Lunatic asylums Central Provinces reports 1886-1894 - 1886-1894
Year: 1886
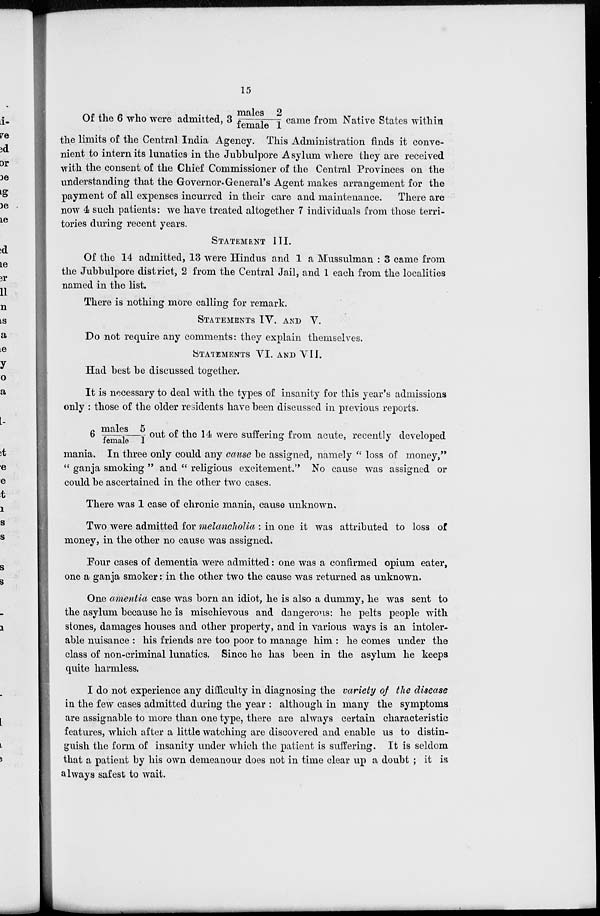
15
Of the 6 who were admitted, 3 males 2/female 1 came from Native States within
the limits of the Central India Agency. This Administration finds it conve-
nient to intern its lunatics in the Jubbulpore Asylum where they are received
with the consent of the Chief Commissioner of the Central Provinces on the
understanding that the Governor-General's Agent makes arrangement for the
payment of all expenses incurred in their care and maintenance.
There are
now 4 such patients: we have treated altogether 7 individuals from those terri-
tories during recent years.
STATEMENT
III.
Of the 14 admitted, 13 were Hindus and 1 a Mussulman : 3 came from
the Jubbulpore district, 2 from the Central Jail, and 1 each from the localities
named in the list.
There is nothing more calling for remark.
STATEMENTS IV. AND
V.
Do not require any comments: they explain themselves.
STATEMENTS VI. AND VII.
Had best be discussed together.
It is necessary to deal with the types of insanity for this year's admissions
only : those of the older residents have been discussed in previous reports.
6 males 5/female 1 out of the 14 were suffering from acute, recently developed
mania. In three only could any cause be assigned, namely " loss of money,"
" ganja smoking " and " religious excitement." No cause was assigned or
could be ascertained in the other two cases.
There was 1 case of chronic mania, cause unknown.
Two were admitted for melancholia : in one it was attributed to loss of
money, in the other no cause was assigned.
Four cases of dementia were admitted: one was a confirmed opium eater,
one a ganja smoker: in the other two the cause was returned as unknown.
One amentia case was born an idiot, he is also a dummy, he was sent to
the asylum because he is mischievous and dangerous: he pelts people with
stones, damages houses and other property, and in various ways is an intoler-
able nuisance : his friends are too poor to manage him : he comes under the
class of non-criminal lunatics, Since he has been in the asylum he keeps
quite harmless.
I do not experience any difficulty in diagnosing the variety of the disease
in the few cases admitted during the year : although in many the symptoms
are assignable to more than one type, there are always certain characteristic
features, which after a little watching are discovered and enable us to distin-
guish the form of insanity under which the patient is suffering. It is seldom
that a patient by his own demeanour does not in time clear up a doubt ; it is
always safest to wait.